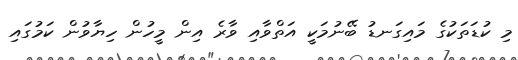
މި ކުޑަތަކުގެ މައިގަނޑު ބޭނުމަކީ އަތްވާއި ވާރެ އިން މީހުން ހިޔާވުން ކަމުގައި